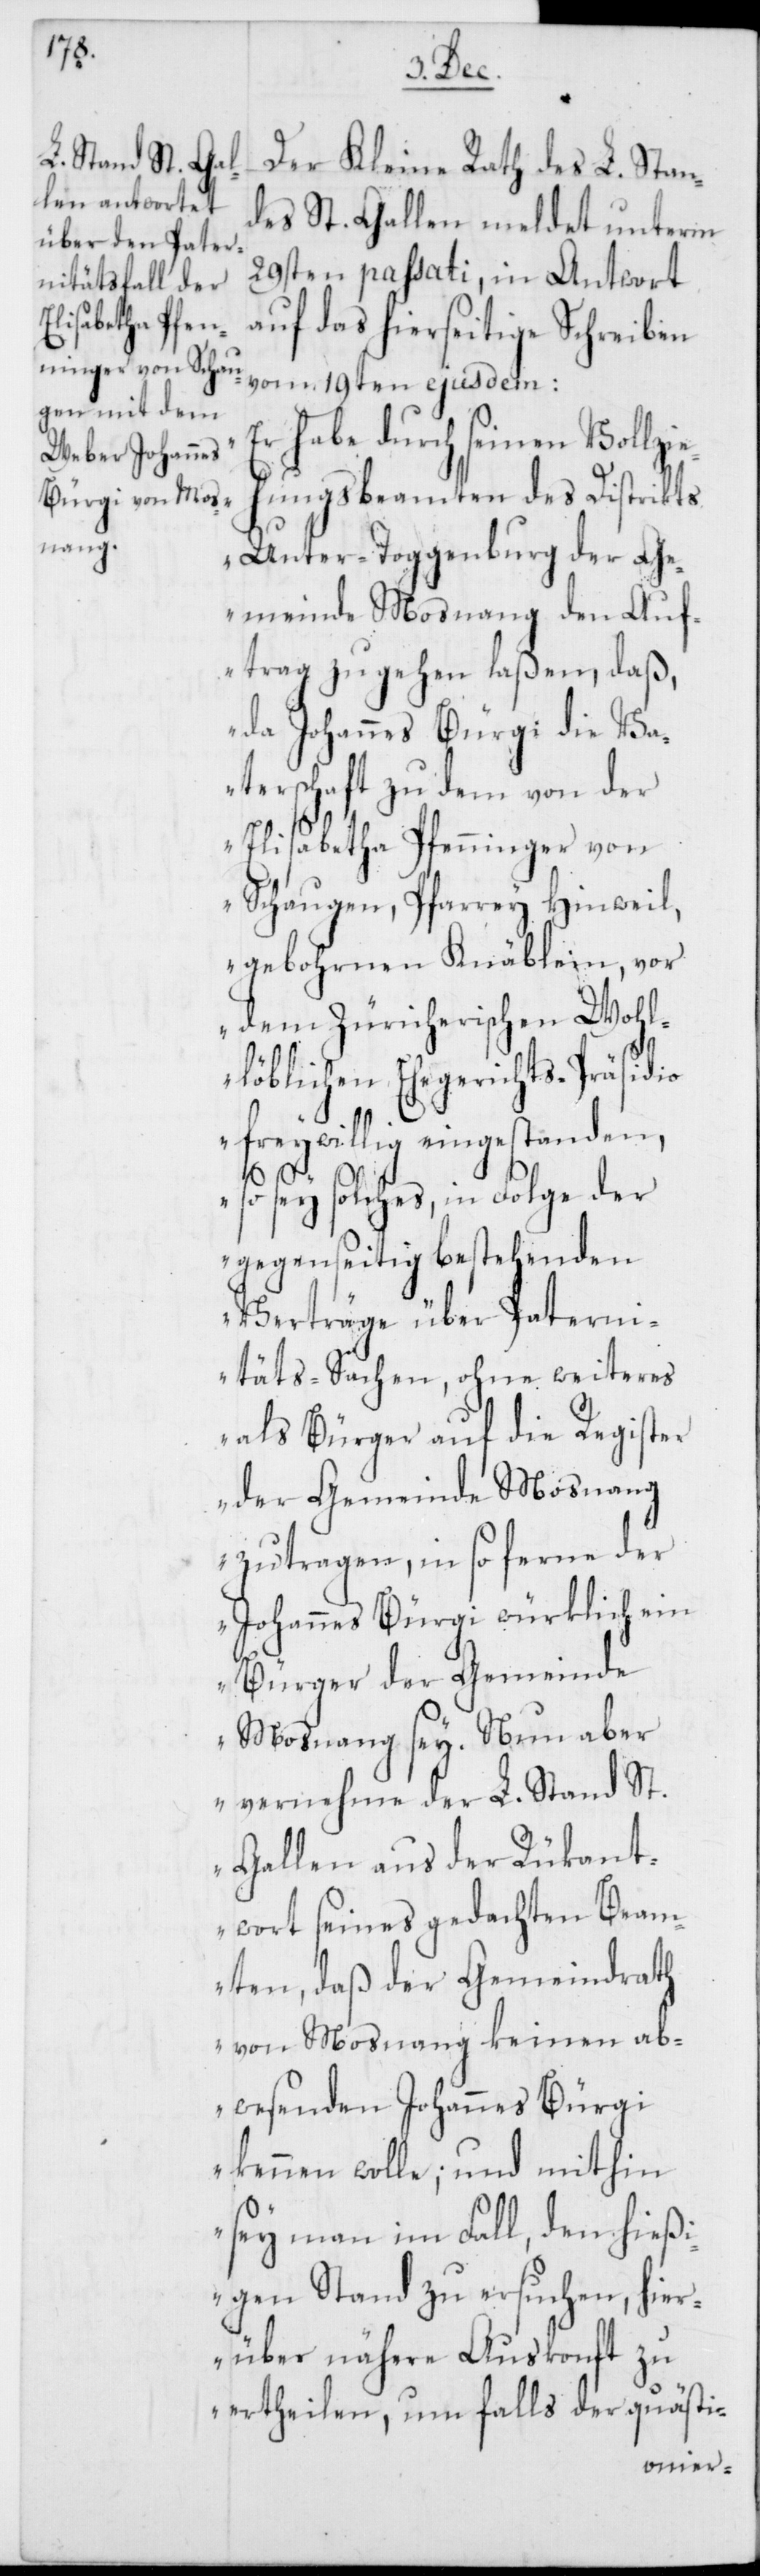
Der Kleine Rath des L. Stan¬
des St. Gallen meldet unterm
29sten passati, in Antwort
auf das hierseitige Schreiben
vom 19ten ejusdem:
habe durch seinen Vollzi¬
ungsbeamten des Distrikts
eh¬
Unter-Toggenburg der Ge¬
meinde Mosnang den Auf¬
trag zugehen laßen, daß,
da Johannes Bürgi die Va¬
terschaft zu dem von der
Elisabetha Pfenninger von
Schaugen, Pfarrey Hinweil,
gebohrnen Knäblein, vor
dem Züricherischen Wohl¬
löblichen Ehegerichts-Präsidio
freywillig eingestanden,
so sey solches, in Folge der
gegenseitig bestehenden
Verträge über Paterni¬
teres
täts-Sachen, ohne wei¬
als Bürger auf die Register
der Gemeinde Mosnang
zu tragen, in so ferne der
Johannes Bürgi würklich ein
Bürger der Gemeinde
Mosnang sey. Nun aber
vernehme der L. Stand St.
Gallen aus der Rükant¬
wort seines gedachten Beam¬
ten, daß der Gemeindrath
von Mosnang keinen ab¬
wesenden Johannes Bürgi
kennen wolle; und mithin
sey man im Fall, den hießi¬
gen Stand zu ersuchen, hier¬
über nähere Auskonft zu
ertheilen, um falls der quästi-